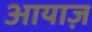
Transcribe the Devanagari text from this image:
आयाज़